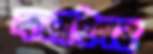
কলাইগর